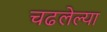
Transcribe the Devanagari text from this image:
चढलेल्या